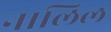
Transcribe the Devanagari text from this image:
नालिल